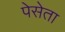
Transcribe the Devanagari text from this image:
पेसेता